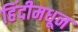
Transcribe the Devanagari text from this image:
हिंदीमधून